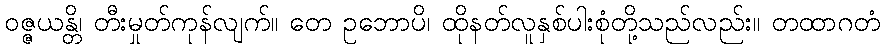
ဝဇ္ဇယန္တိ၊ တီးမှုတ်ကုန်လျက်။ တေ ဥဘောပိ၊ ထိုနတ်လူနှစ်ပါးစုံတို့သည်လည်း။ တထာဂတံ